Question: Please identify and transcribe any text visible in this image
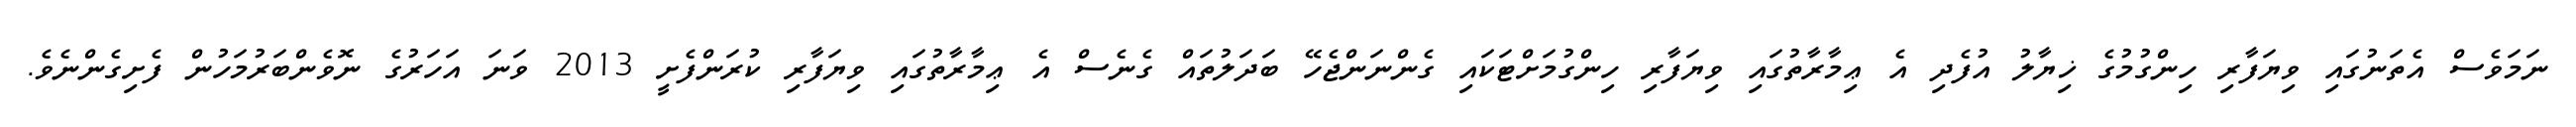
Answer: ނަމަވެސް އެތަނުގައި ވިޔަފާރި ހިންގުމުގެ ޚިޔާލު އުފެދި އެ ޢިމާރާތުގައި ވިޔަފާރި ހިންގުމަށްޓަކައި ގެންނަންޖެހޭ ބަދަލުތައް ގެނެސް އެ ޢިމާރާތުގައި ވިޔަފާރި ކުރަންފެށީ 2013 ވަނަ އަހަރުގެ ނޮވެންބަރުމަހުން ފެށިގެންނެވެ.